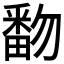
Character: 𰣓